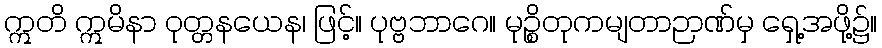
ဣတိ ဣမိနာ ဝုတ္တနယေန၊ ဖြင့်။ ပုဗ္ဗဘာဂေ။ မုဉ္စိတုကမျတာဉာဏ်မှ ရှေ့အဖို့၌။